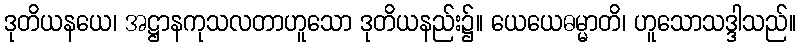
ဒုတိယနယေ၊ အဋ္ဌာနကုသလတာဟူသော ဒုတိယနည်း၌။ ယေယေဓမ္မာတိ၊ ဟူသောသဒ္ဒါသည်။